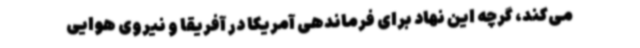
می‌کند، گرچه این نهاد برای فرماندهی آمریکا در آفریقا و نیروی هوایی